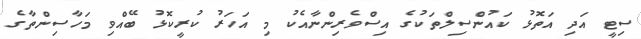
ސިޓީ އަދި އަތޮޅު ކައުންސިލްތަކުގެ އިސްވެރިންނާއެކު މި އަހަރު ކުރީކޮޅު ބޭއްވި މަހާސިންތާގެ